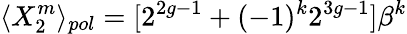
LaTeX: \langle X_{2}^{m}\rangle_{pol}=[2^{2g-1}+(-1)^{k}2^{3g-1}]\beta^{k}